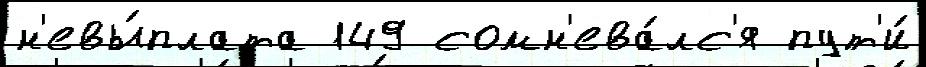
н'евы́плата 149 сомн'ева́лс'я пут'и́